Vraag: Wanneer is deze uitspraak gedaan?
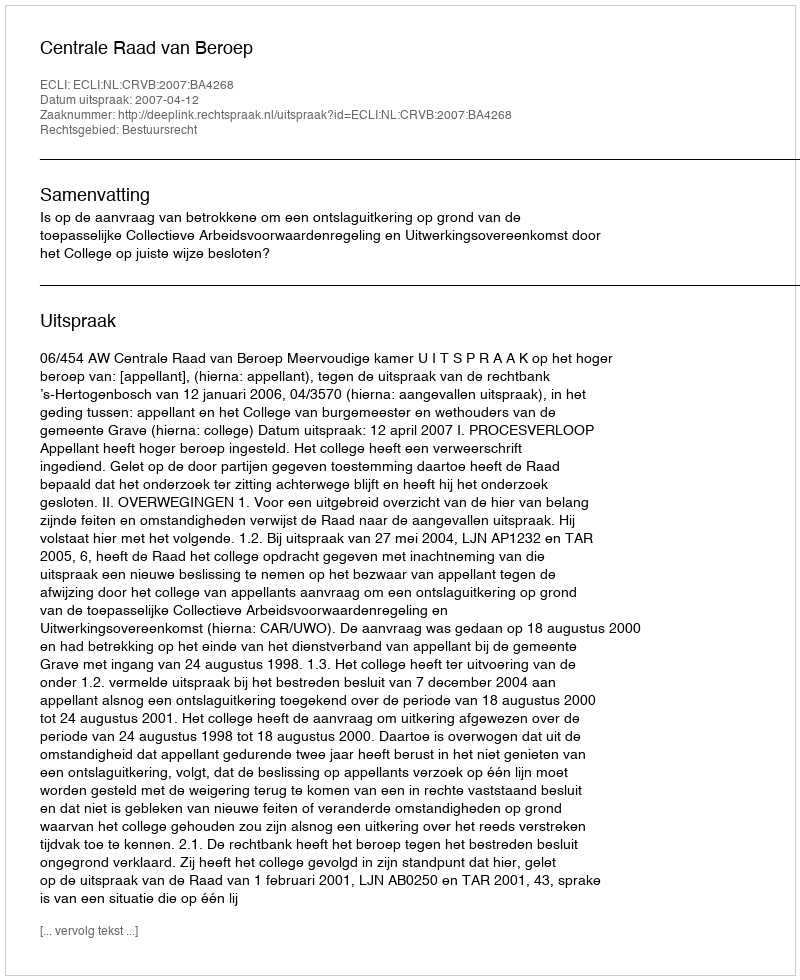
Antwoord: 2007-04-12